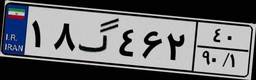
۷۸گ۸۰۲۲۸